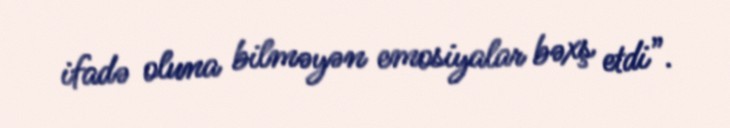
ifadə oluna bilməyən emosiyalar bəxş etdi”.